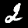
Label: 2